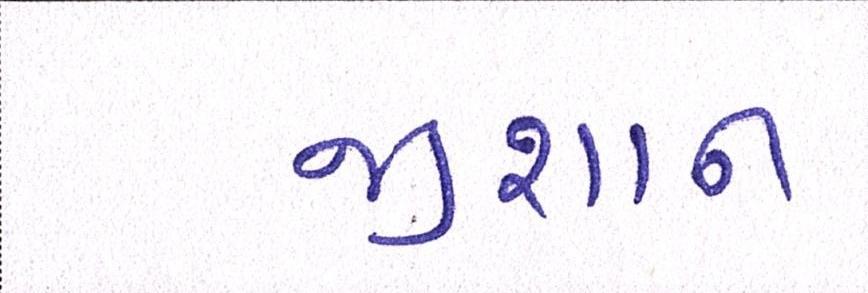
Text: જીશાન